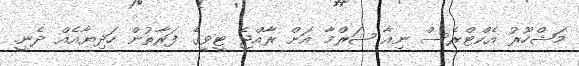
މަޝްހޫރު އެކްޓްރެސް ނިއާ ޝަރްމާ އަށް ރާއްޖެ ޓީވީގެ ފަރާތުން ހަދިޔާއެއް ދެނީ.